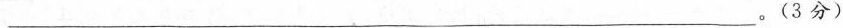
__________________。